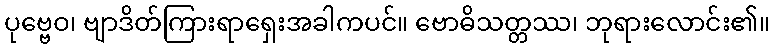
ပုဗ္ဗေဝ၊ ဗျာဒိတ်ကြားရာရှေးအခါကပင်။ ဗောဓိသတ္တဿ၊ ဘုရားလောင်း၏။